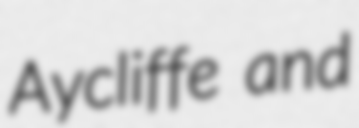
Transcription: Aycliffe and